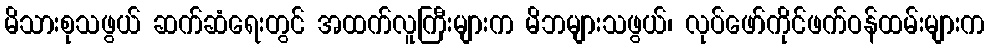
မိသားစုသဖွယ် ဆက်ဆံရေးတွင် အထက်လူကြီးများက မိဘများသဖွယ်၊ လုပ်ဖော်ကိုင်ဖက်ဝန်ထမ်းများက